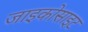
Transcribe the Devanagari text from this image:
जाइकोसाइट